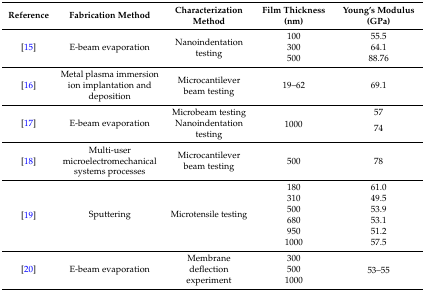
| Reference | Fabrication Method | Characterization Method | Film Thickness (nm) | Young’s Modulus (GPa) |
 | --- | --- | --- | --- | --- |
 | <ROWSPAN=3> [15] | <ROWSPAN=3> E-beam evaporation | <ROWSPAN=3> Nanoindentation testing | 100 | 55.5 |
 | 300 | 64.1 |
 | 500 | 88.76 |
 | [16] | Metal plasma immersion ion implantation and deposition | Microcantilever beam testing | 19–62 | 69.1 |
 | <ROWSPAN=2> [17] | <ROWSPAN=2> E-beam evaporation | Microbeam testing | <ROWSPAN=2> 1000 | 57 |
 | Nanoindentation testing | 74 |
 | [18] | Multi-user microelectromechanical systems processes | Microcantilever beam testing | 500 | 78 |
 | <ROWSPAN=6> [19] | <ROWSPAN=6> Sputtering | <ROWSPAN=6> Microtensile testing | 180 | 61.0 |
 | 310 | 49.5 |
 | 500 | 53.9 |
 | 680 | 53.1 |
 | 950 | 51.2 |
 | 1000 | 57.5 |
 | <ROWSPAN=3> [20] | <ROWSPAN=3> E-beam evaporation | <ROWSPAN=3> Membrane deflection experiment | 300 | <ROWSPAN=3> 53–55 |
 | 500 |
 | 1000 |